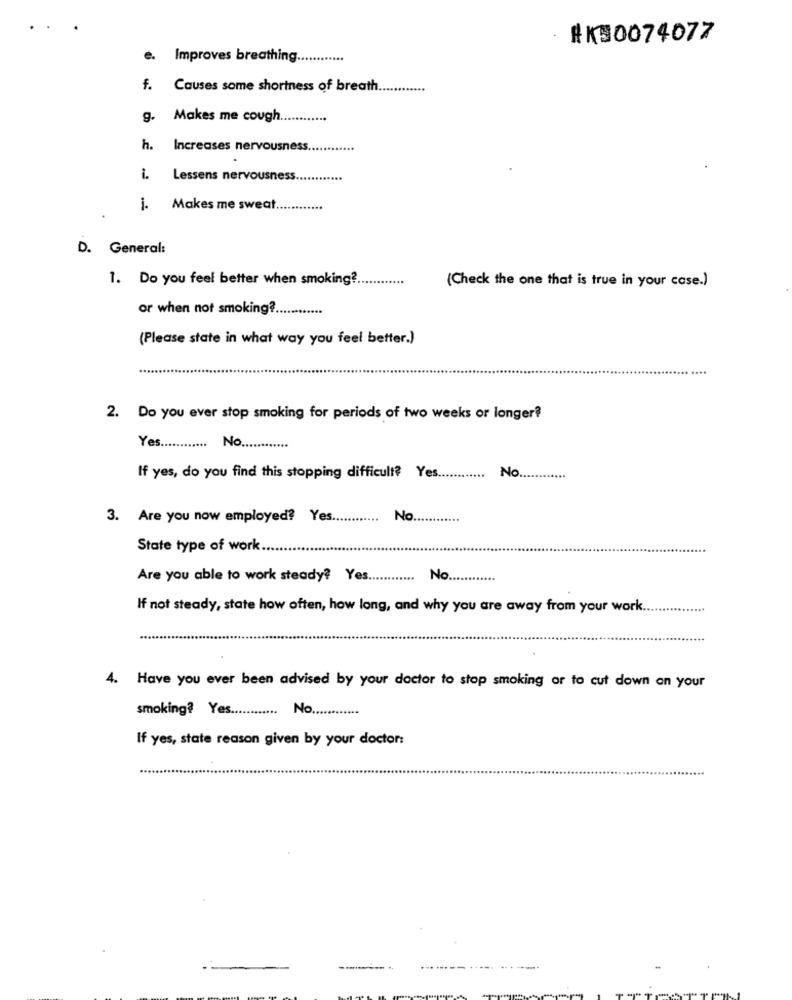
#K30074077
e.
Improves breathing.
f. Causes some shortness of breath
g-
Makes me cough.
......
h.
Increases nervousness.
i. Lessens nervousness
i.
Makes me sweat
D. General:
1. Do you feel better when smoking?
(Check the one that is true in your case.)
or when not smoking?
(Please state in what way you feel better.)
.....
2. Do you ever stop smoking for periods of two weeks or longer?
Yes ............
No ............
If yes, do you find this stopping difficult? Yes.
......... No.
3. Are you now employed? Yes.
....
No
State type of work.
Are you able to work steady? Yes ............
No ..
.....
If not steady, state how often, how long, and why you are away from your work.
4. Have you ever been advised by your doctor to stop smoking or to cut down on your
smoking? Yes ............
No ............
If yes, state reason given by your doctor: